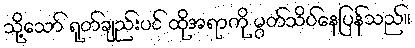
သို့သော် ရုတ်ချည်းပင် ထိုအရာကို မွတ်သိပ်နေပြန်သည်။